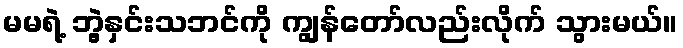
မမရဲ့ ဘွဲ့နှင်းသဘင်ကို ကျွန်တော်လည်းလိုက် သွားမယ်။